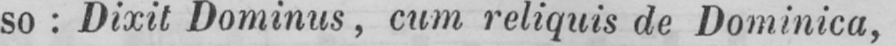
so: Dixit Dominus, cum reliquis de Dominica,